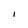
Character: I